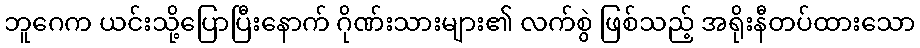
ဘူဂေက ယင်းသို့ပြောပြီးနောက် ဂိုဏ်းသားများ၏ လက်စွဲ ဖြစ်သည့် အရိုးနီတပ်ထားသော